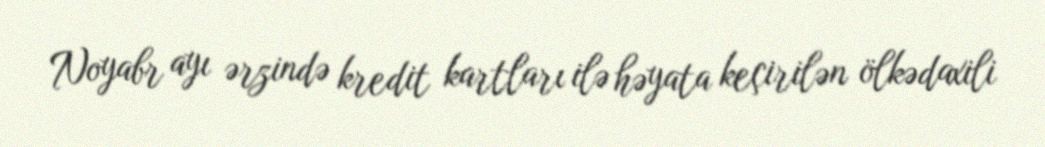
Noyabr ayı ərzində kredit kartları ilə həyata keçirilən ölkədaxili